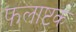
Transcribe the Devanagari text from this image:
फलाष्टकं